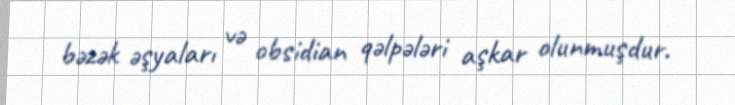
bəzək əşyaları və obsidian qəlpələri aşkar olunmuşdur.